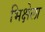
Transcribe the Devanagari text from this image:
भिक्षेला